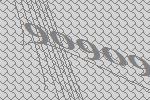
90909